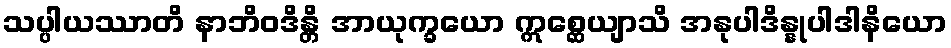
သပ္ပါယဿာတိ နာဘိဝဒိန္တိ အာယုက္ခယော ဣစ္ဆေယျာသိ အနုပါဒိန္နုပါဒါနိယော